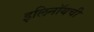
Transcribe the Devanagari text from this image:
इलिनॉयची